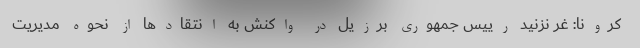
کرونا: غُر نزنید رییس جمهوری برزیل در واکنش به انتقادها از نحوه مدیریت